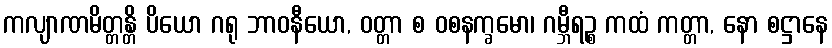
ကလျာဏမိတ္တန္တိ ပိယော ဂရု ဘာဝနီယော, ဝတ္တာ စ ဝစနက္ခမော၊ ဂမ္ဘီရဉ္စ ကထံ ကတ္တာ, နော စဋ္ဌာနေ